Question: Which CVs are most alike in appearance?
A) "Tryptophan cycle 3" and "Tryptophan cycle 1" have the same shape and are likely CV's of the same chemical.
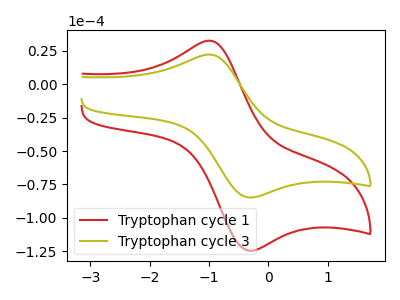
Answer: <think>The red curve "Tryptophan cycle 1" has an anodic peak at (-1.00V, 32.40uA) and a cathodic peak at (-0.30V, -124.55uA). The olive curve "Tryptophan cycle 3" has an anodic peak at (-1.00V, 22.05uA) and a cathodic peak at (-0.30V, -84.75uA).
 All the peaks in "Tryptophan cycle 1" have a peak in "Tryptophan cycle 3" at the same potential. Every peak in "Tryptophan cycle 1" is higher than every peak in "Tryptophan cycle 3".</think>
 <answer>A) "Tryptophan cycle 3" and "Tryptophan cycle 1" have the same shape and are likely CV's of the same chemical.</answer>
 <eval>A</eval>